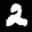
Label: 2